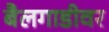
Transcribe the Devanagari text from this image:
बैलगाडीवर